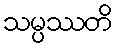
သမ္ပဿတိ